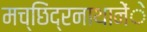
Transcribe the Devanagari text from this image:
मच्छिंद्रनाथानेेंे